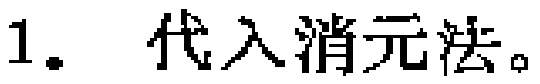
1. 代入消元法。